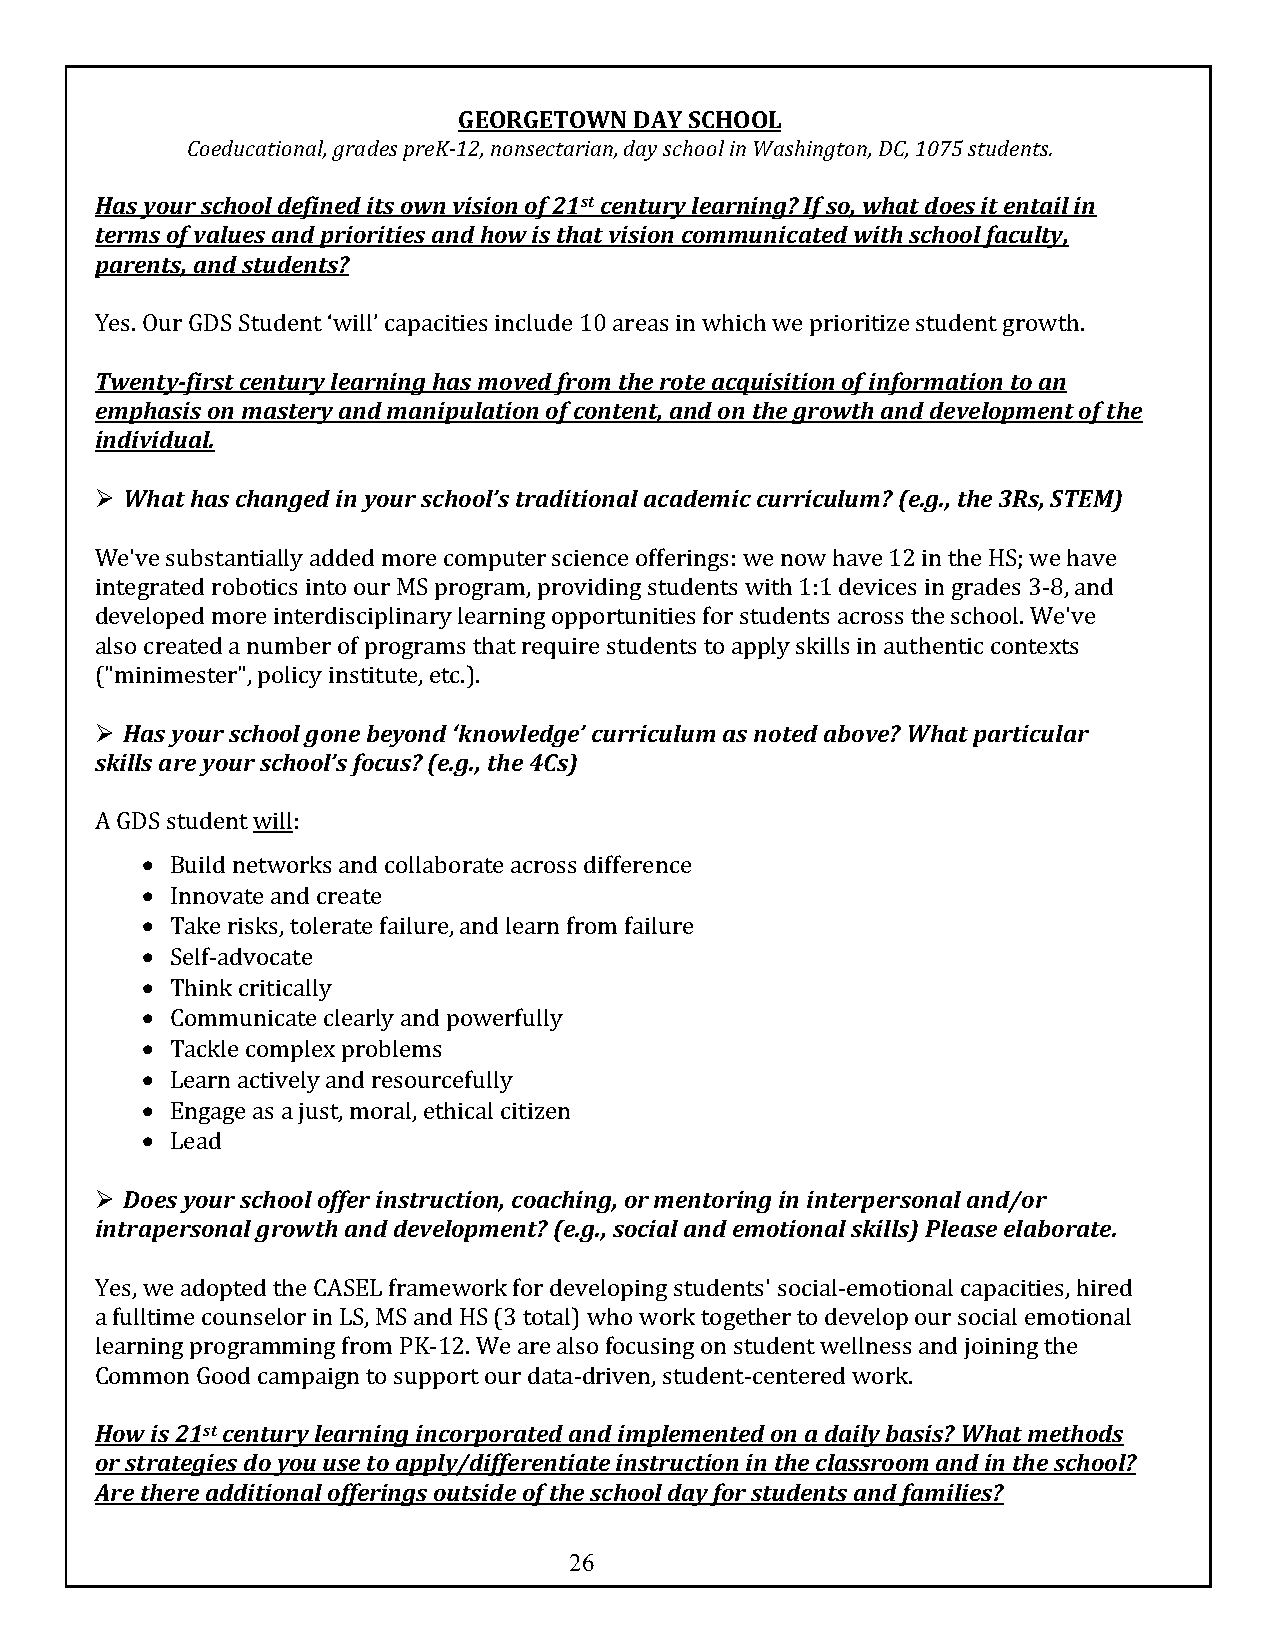
GEORGETOWN  DAY SCHOOL
 Coeducational, grades preK-12, nonsectarian, day school in Washington, DC, 1075 students.
 Has your school defined its own vision of 21st century learning? If so, what does it entail in
 terms of values and priorities and how is that vision communicated with school faculty,
 parents, and students?
 Yes. Our GDS Student ‘will’ capacities include 10 areas in which we prioritize student growth.
 Twenty-first century learning has moved from the rote acquisition of information to an
 emphasis on mastery and manipulation of content, and on the growth and development of the
 individual.
 Ø What has changed in your school’s traditional academic curriculum? (e.g., the 3Rs, STEM)
 We've substantially added more computer science offerings: we now have 12 in the HS; we have
 integrated robotics into our MS program, providing students with 1:1 devices in grades 3-8, and
 developed more interdisciplinary learning opportunities for students across the school. We've
 also created a number of programs that require students to apply skills in authentic contexts
 ("minimester", policy institute, etc.).
 Ø Has your school gone beyond ‘knowledge’ curriculum as noted above? What particular
 skills are your school’s focus? (e.g., the 4Cs)
 A GDS student will:
 • Build networks and collaborate across difference
 • Innovate and create
 • Take risks, tolerate failure, and learn from failure
 • Self-advocate
 • Think critically
 • Communicate clearly and powerfully
 • Tackle complex problems
 • Learn actively and resourcefully
 • Engage as a just, moral, ethical citizen
 • Lead
 Ø Does your school offer instruction, coaching, or mentoring in interpersonal and/or
 intrapersonal growth and development? (e.g., social and emotional skills) Please elaborate.
 Yes, we adopted the CASEL framework for developing students' social-emotional capacities, hired
 a fulltime counselor in LS, MS and HS (3 total) who work together to develop our social emotional
 learning programming from PK-12. We are also focusing on student wellness and joining the
 Common Good campaign to support our data-driven, student-centered work.
 How is 21st century learning incorporated and implemented on a daily basis? What methods
 or strategies do you use to apply/differentiate instruction in the classroom and in the school?
 Are there additional offerings outside of the school day for students and families?
 26